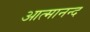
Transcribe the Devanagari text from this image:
आत्‍मानन्द